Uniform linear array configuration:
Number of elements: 4
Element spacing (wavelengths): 0.5
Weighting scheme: cosine
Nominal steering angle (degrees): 30
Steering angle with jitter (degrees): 30.758
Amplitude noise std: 0.05
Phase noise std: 0.05

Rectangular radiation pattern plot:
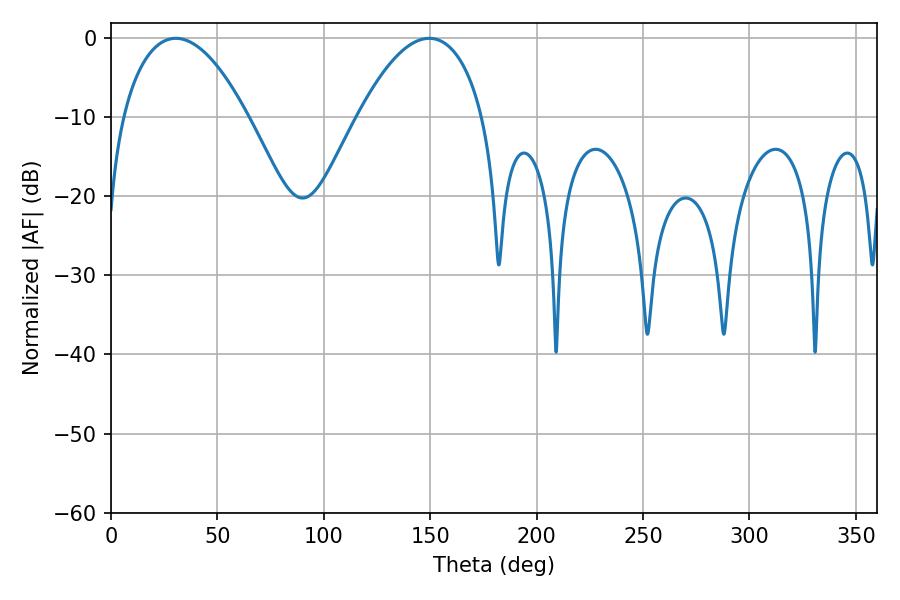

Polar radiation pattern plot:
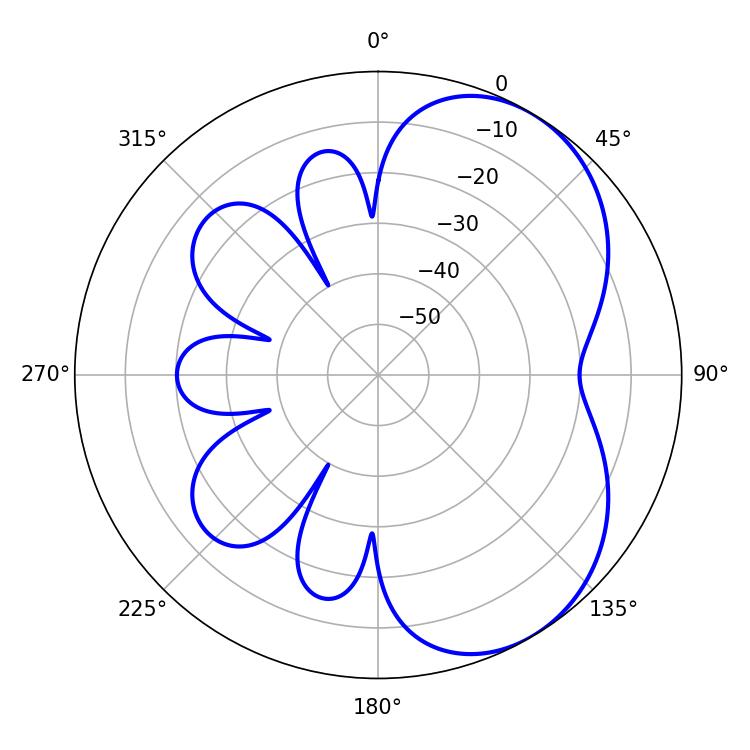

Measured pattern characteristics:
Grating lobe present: FALSE
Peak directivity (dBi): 5.046
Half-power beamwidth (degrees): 32.76
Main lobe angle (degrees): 30.42